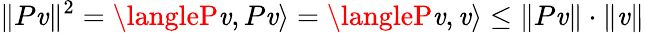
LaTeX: \| P\mathit{v}\| ^{2}=\langleP\mathit{v},P\mathit{v}\rangle=\langleP\mathit{v},\mathit{v}\rangle\leq\| P\mathit{v}\| \cdot\| \mathit{v}\|